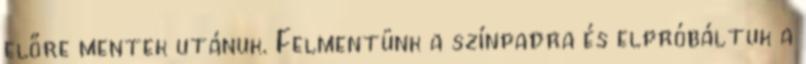
előre mentek utánuk. Felmentünk a színpadra és elpróbáltuk a